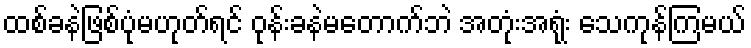
ထစ်ခနဲဖြစ်ပုံမဟုတ်ရင် ဝုန်းခနဲမတောက်ဘဲ အတုံးအရုံး သေကုန်ကြမယ်